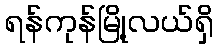
ရန်ကုန်မြို့လယ်ရှိ